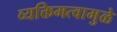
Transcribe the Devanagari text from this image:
व्यक्तिमत्वामुळे